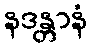
နဒန္တာနံ